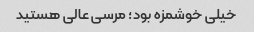
خیلی خوشمزه بود؛ مرسی عالی هستید